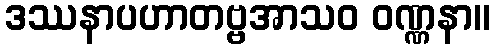
ဒဿနာပဟာတဗ္ဗအာသဝ ဝဏ္ဏနာ။